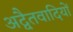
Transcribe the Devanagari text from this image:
अद्वैतवादियों